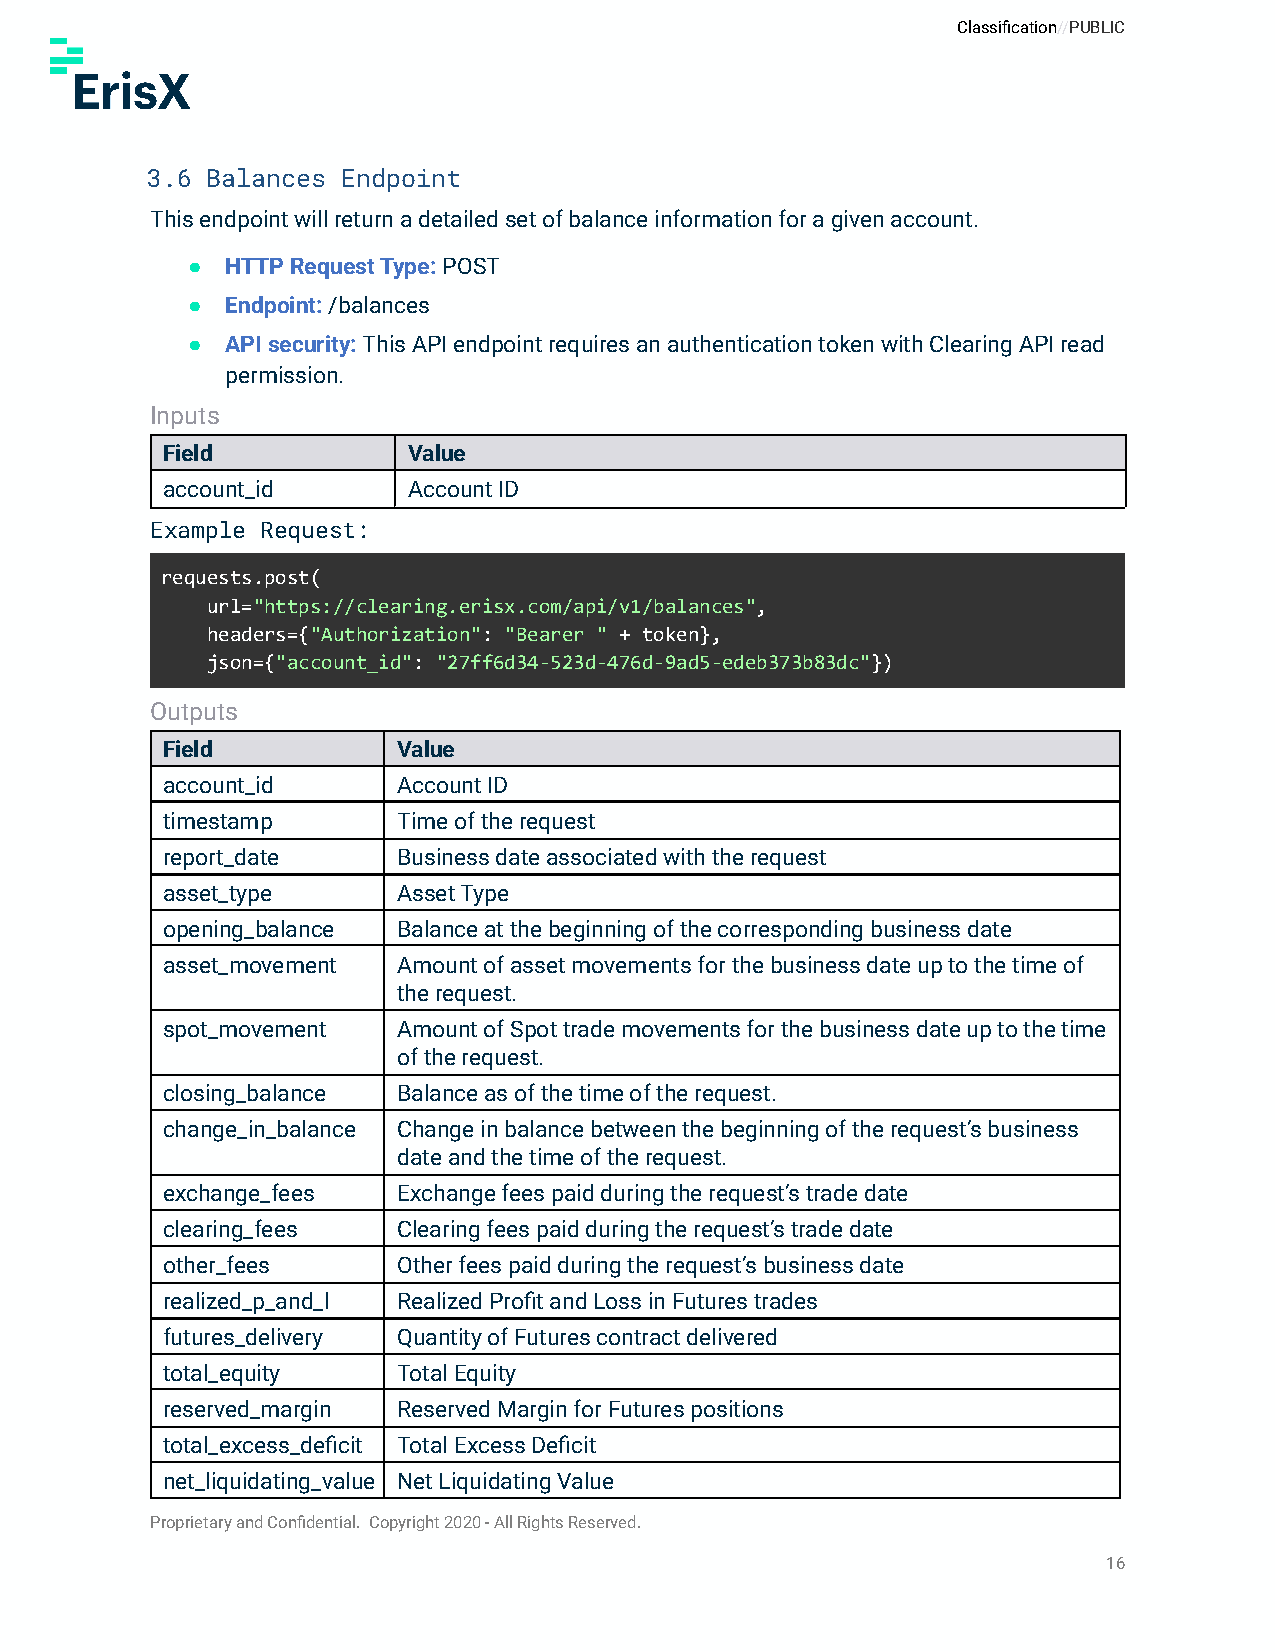
Classification//PUBLIC
 3.6 Balances Endpoint
 This endpoint will return a detailed set of balance information for a given account.
 ●  HTTP Request Type: POST
 ●  Endpoint:/balances
 ●  API security:This API endpoint requires an authenticationtoken with Clearing API read
 permission.
 Inputs
 Field           Value
 account_id      Account ID
 Example Request:
 requests.post(
 url="https://clearing.erisx.com/api/v1/balances",
 headers={"Authorization": "Bearer " + token},
 json={"account_id": "27ff6d34-523d-476d-9ad5-edeb373b83dc"})
 Outputs
 Field          Value
 account_id     Account ID
 timestamp      Time of the request
 report_date    Business date associated with the request
 asset_type     Asset Type
 opening_balance Balance at the beginning of the corresponding business date
 asset_movement Amount of asset movements for the business date up to the time of
 the request.
 spot_movement  Amount of Spot trade movements for the business date up to the time
 of the request.
 closing_balance Balance as of the time of the request.
 change_in_balance Change in balance between the beginning of the request’s business
 date and the time of the request.
 exchange_fees  Exchange fees paid during the request’s trade date
 clearing_fees  Clearing fees paid during the request’s trade date
 other_fees     Other fees paid during the request’s business date
 realized_p_and_l Realized Profit and Loss in Futures trades
 futures_delivery Quantity of Futures contract delivered
 total_equity   Total Equity
 reserved_margin Reserved Margin for Futures positions
 total_excess_deficit Total Excess Deficit
 net_liquidating_value Net Liquidating Value
 Proprietary and Confidential. Copyright 2020 - All Rights Reserved.
 16